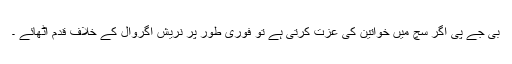
بی جے پی اگر سچ میں خواتین کی عزت کرتی ہے تو فوری طور پر نریش اگروال کے خلاف قدم اٹھائے ۔